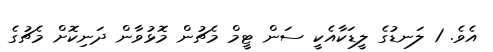
އެވެ. 1 ލަނޑުގެ ލީޑަކާއެކީ ސަން ޓީމް މެޗުން މޮޅުވާން ދަނިކޮށް މެޗުގެ